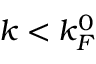
k < k _ { F } ^ { 0 }